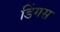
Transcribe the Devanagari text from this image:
डिंगस